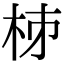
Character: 𣐈